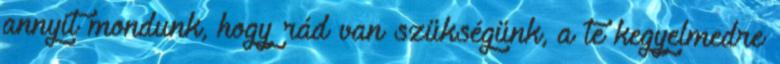
annyit mondunk, hogy rád van szükségünk, a te kegyelmedre